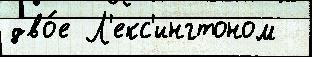
дво́е Л'екс'ингтоном